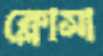
ক্লোসা